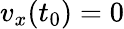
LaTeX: v_{x}(t_{0})=0